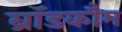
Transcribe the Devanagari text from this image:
ब्रॉडकौम